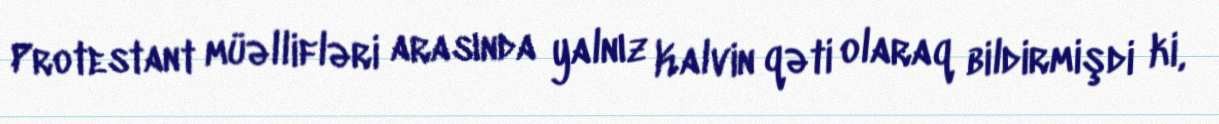
Protestant müəllifləri arasında yalnız Kalvin qəti olaraq bildirmişdi ki,